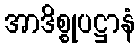
အာဒိစ္စုပဋ္ဌာနံ